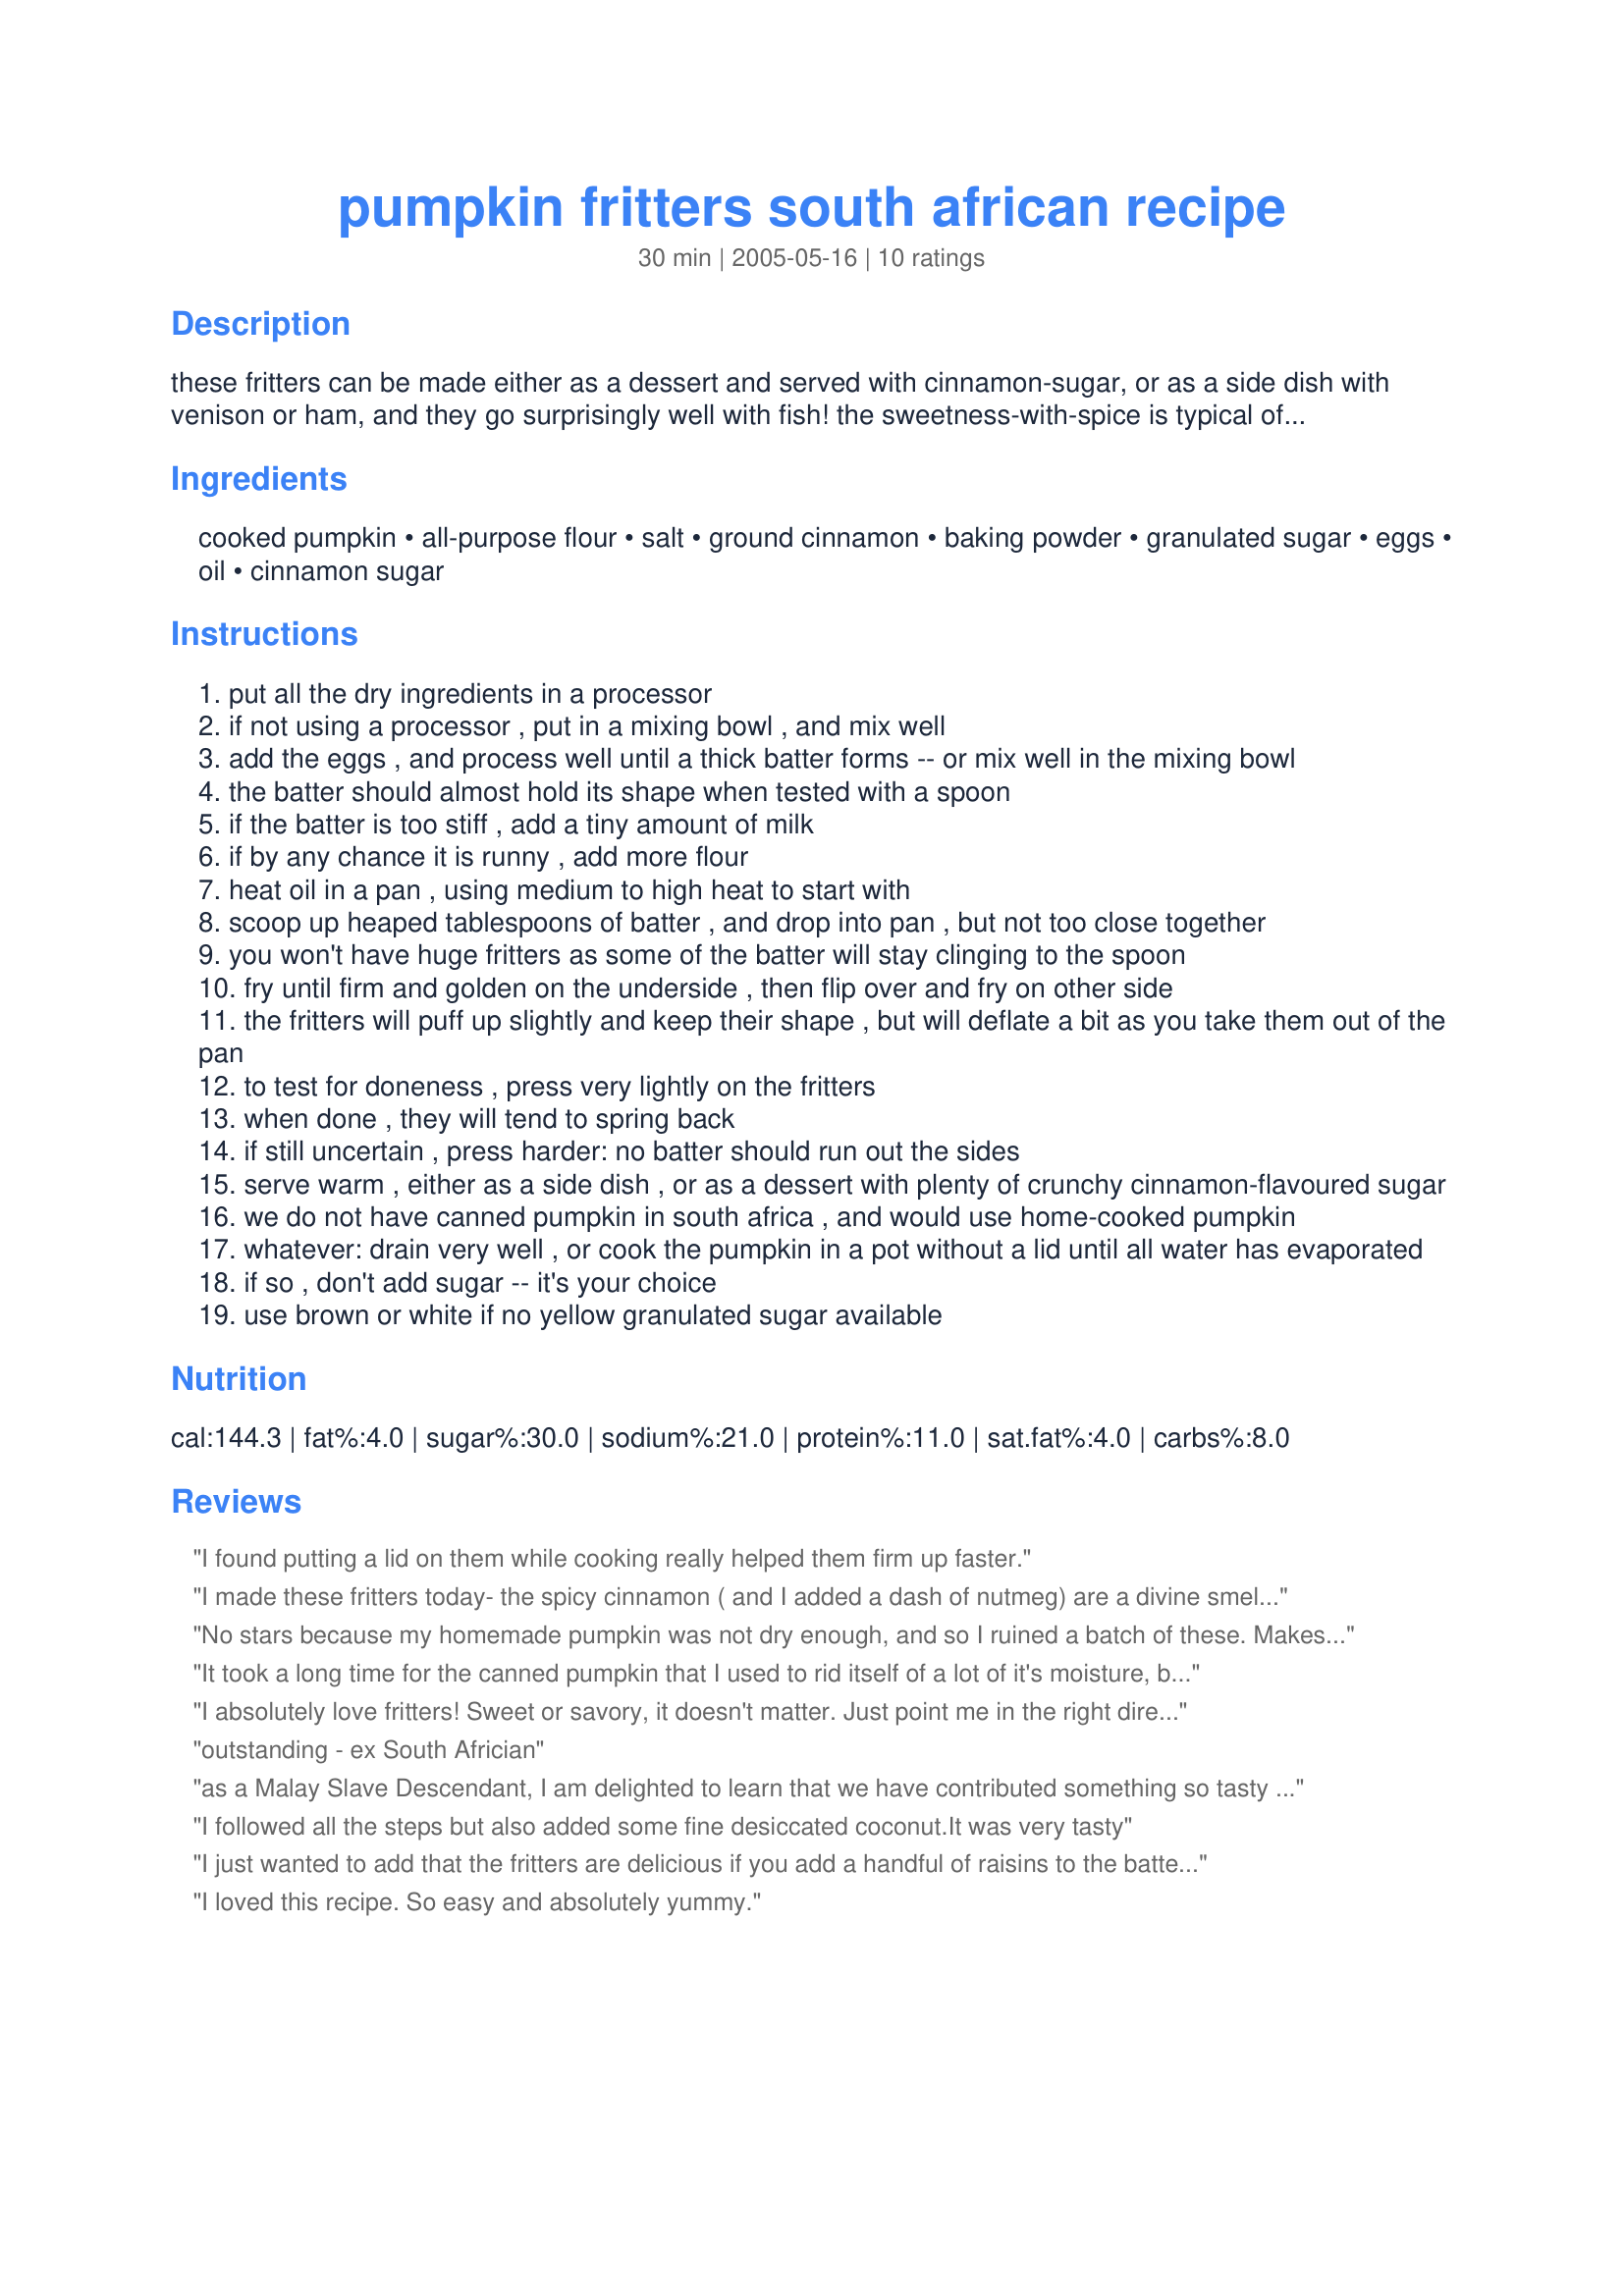
pumpkin fritters south african recipe
Preparation time: 30 minutes

these fritters can be made either as a dessert and served with cinnamon-sugar, or as a side dish with venison or ham, and they go surprisingly well with fish! the sweetness-with-spice is typical of the cooking style of the then malay slaves. it's a down-home comfort dish and ideal for left-over pumpkin.

Ingredients:
cooked pumpkin, all-purpose flour, salt, ground cinnamon, baking powder, granulated sugar, eggs, oil, cinnamon sugar

Steps:
put all the dry ingredients in a processor
if not using a processor , put in a mixing bowl , and mix well
add the eggs , and process well until a thick batter forms -- or mix well in the mixing bowl
the batter should almost hold its shape when tested with a spoon
if the batter is too stiff , add a tiny amount of milk
if by any chance it is runny , add more flour
heat oil in a pan , using medium to high heat to start with
scoop up heaped tablespoons of batter , and drop into pan , but not too close together
you won't have huge fritters as some of the batter will stay clinging to the spoon
fry until firm and golden on the underside , then flip over and fry on other side
the fritters will puff up slightly and keep their shape , but will deflate a bit as you take them out of the pan
to test for doneness , press very lightly on the fritters
when done , they will tend to spring back
if still uncertain , press harder: no batter should run out the sides
serve warm , either as a side dish , or as a dessert with plenty of crunchy cinnamon-flavoured sugar
we do not have canned pumpkin in south africa , and would use home-cooked pumpkin
whatever: drain very well , or cook the pumpkin in a pot without a lid until all water has evaporated
if so , don't add sugar -- it's your choice
use brown or white if no yellow granulated sugar available

Reviews:
I found putting a lid on them while cooking really helped them firm up faster.
I made these fritters today- the spicy cinnamon ( and I added a dash of nutmeg) are a divine smell on a cold autumn day. I am from South-Africa so these made me real home sick and best of all my hubby, friends and family loved it!!! Will defnitly make it again!!
No stars because my homemade pumpkin was not dry enough, and so I ruined a batch of these. Makes me sad because they sound so good.
It took a long time for the canned pumpkin that I used to rid itself of a lot of it's moisture, but after sitting out for half a day in a strainer, it finally did! And, per the suggestion of another reviewer, I added not some raisins but some dried cranberries, & the resulting fritters were OUTSTANDING & although next time I'd like to do the recipe exactly as is, the way I made them this first time gave me a very tasty dessert! [Made & reviewed while touring Africa during the Zaar World Tour 4]
I absolutely love fritters! Sweet or savory, it doesn't matter. Just point me in the right direction. And look where I ended up!! Delicious, Zurie. Like Syd, had to drain in a strainer, and I was using pumpkin saved last fall and vacuum frozen. Still had a lot of moisture, thus the draining. Worth waiting for. Thnx every so much for posting, Zurie. Made for ZWT4.
outstanding - ex South Africian
as a Malay Slave Descendant, I am delighted to learn that we have contributed something so tasty to society. At least something good has come out of our suffering!!!!!
I followed all the steps but also added some fine desiccated coconut.It was very tasty
I just wanted to add that the fritters are delicious if you add a handful of raisins to the batter before you fry it!
I loved this recipe. So easy and absolutely yummy.
